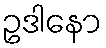
ဥဒါနော